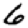
Digit: 6